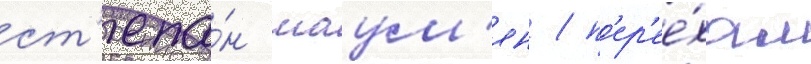
ст'епа́н шаум'ян / п'ер'ее́хал